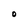
Character: O